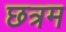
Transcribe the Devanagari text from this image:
छत्रम